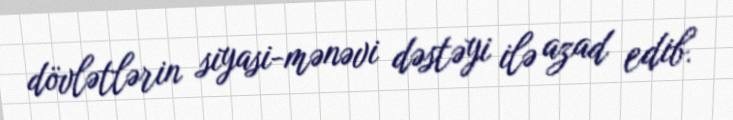
dövlətlərin siyasi-mənəvi dəstəyi ilə azad edib.